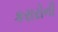
કરારોની